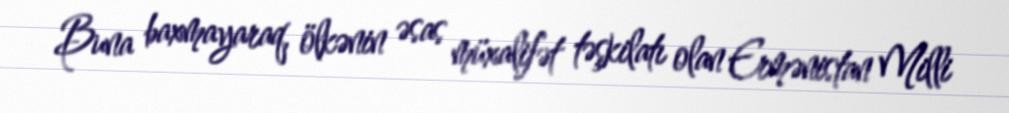
Buna baxmayaraq, ölkənin əsas müxalifət təşkilatı olan Ermənistan Milli